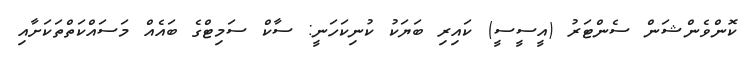
ކޮންވެންޝަން ސެންޓަރު (އީސީސީ) ކައިރި ބަޔަކު ކުނިކަހަނީ: ސާކް ސަމިޓްގެ ބައެއް މަސައްކަތްތަކަށާއި